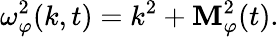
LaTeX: \omega_{\varphi}^{2}(k,t)=k^{2}+{\cal\mathbf{M}}_{\varphi}^{2}(t).